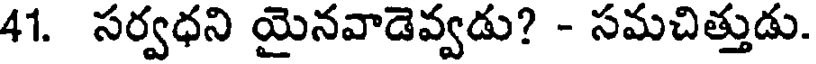
41. సర్వధని యైనవాడెవ్వడు? - సమచిత్తుడు.